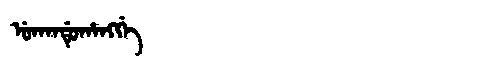
Manchu: ᡠᡴᠠᠨᡩᡠᡥᠠᠩᡤᡝ
Romanization: UKANDUHANGGE